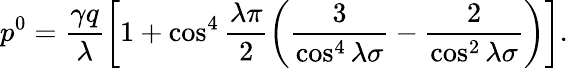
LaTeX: p^{0}=\frac{\gamma q}{\lambda}\left[1+\cos^{4}\frac{\lambda\pi}{2}\left(\frac{3}{\cos^{4}\lambda\sigma}-\frac{2}{\cos^{2}\lambda\sigma}\right)\right].